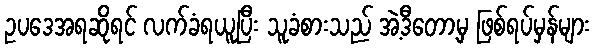
ဥပဒေအရဆိုရင် လက်ခံရယူပြီး သူခံစားသည် အဲ့ဒီတော့မှ ဖြစ်ရပ်မှန်များ